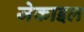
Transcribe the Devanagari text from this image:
जेकाइल